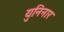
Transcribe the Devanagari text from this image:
युनिनार